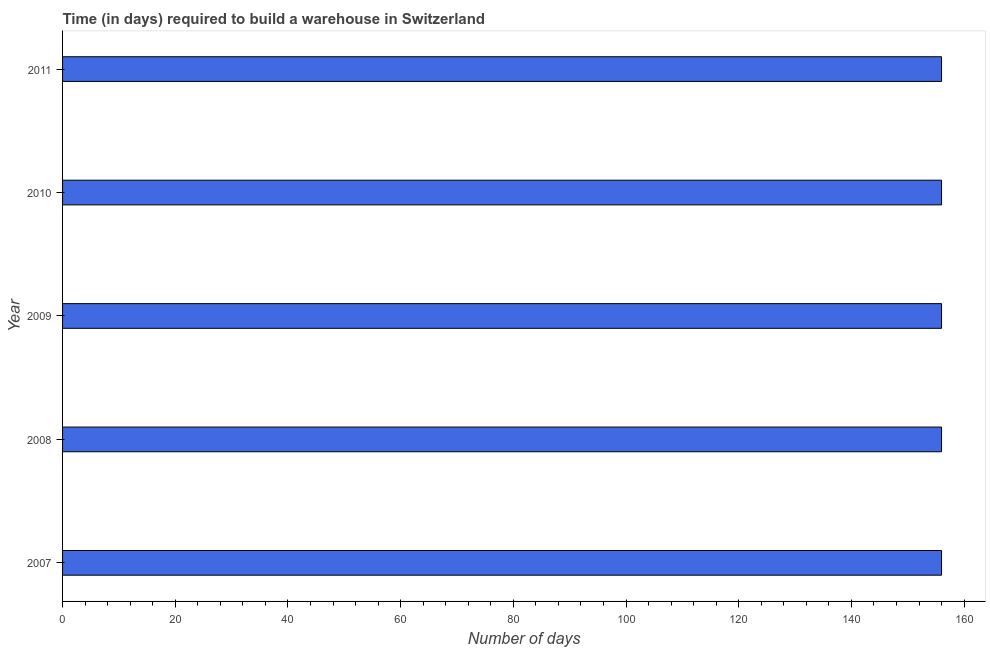
| Year | Time required to build a warehouse |
 | --- | --- |
 | 2007 | 156 |
 | 2008 | 156 |
 | 2009 | 156 |
 | 2010 | 156 |
 | 2011 | 156 |